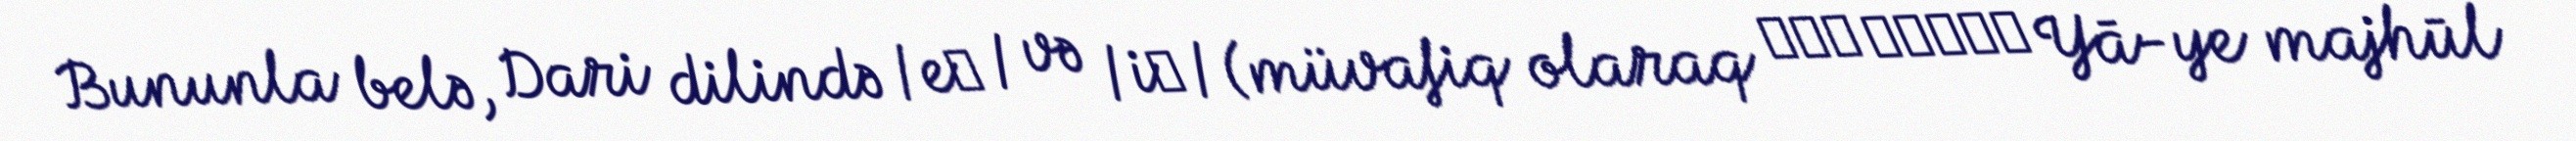
Bununla belə, Dari dilində /eː / və /iː/ (müvafiq olaraq یای مجهول Yā-ye majhūl